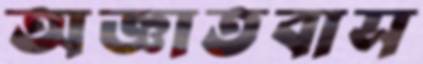
অজ্ঞাতবাস